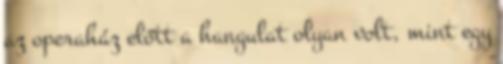
az operaház előtt a hangulat olyan volt, mint egy